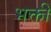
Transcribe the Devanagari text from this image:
भक्तीं